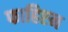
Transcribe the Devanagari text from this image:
फाहिएन